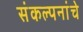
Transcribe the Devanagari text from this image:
संंकल्पनांंचे